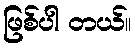
ဖြစ်ပါ တယ်။